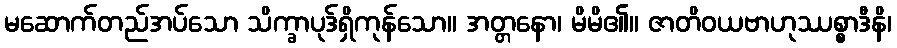
မဆောက်တည်အပ်သော သိက္ခာပုဒ်ရှိကုန်သော။ အတ္တနော၊ မိမိ၏။ ဇာတိဝယဗာဟုဿစ္စာဒီနိ၊